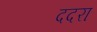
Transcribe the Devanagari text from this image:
ददरा